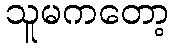
သူမကတော့